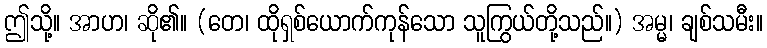
ဤသို့။ အာဟ၊ ဆို၏။ (တေ၊ ထိုရှစ်ယောက်ကုန်သော သူကြွယ်တို့သည်။) အမ္မ၊ ချစ်သမီး။